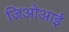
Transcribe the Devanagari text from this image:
जिओआई